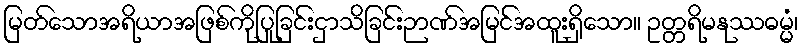
မြတ်သောအရိယာအဖြစ်ကိုပြုခြင်းငှာသိခြင်းဉာဏ်အမြင်အထူးရှိသော။ ဥတ္တရိမနုဿဓမ္မံ၊